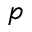
p